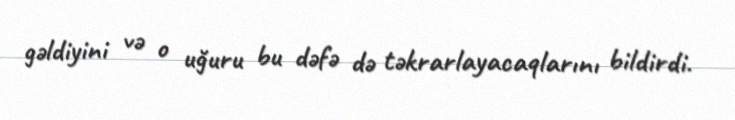
gəldiyini və o uğuru bu dəfə də təkrarlayacaqlarını bildirdi.